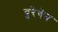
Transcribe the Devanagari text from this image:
यूरेथेन